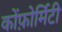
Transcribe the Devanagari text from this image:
कोंफ़ोर्मिटी